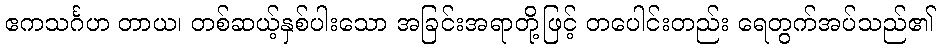
ဧကသင်္ဂဟ တာယ၊ တစ်ဆယ့်နှစ်ပါးသော အခြင်းအရာတို့ဖြင့် တပေါင်းတည်း ရေတွက်အပ်သည်၏